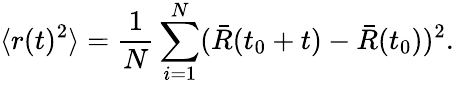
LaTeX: \langle r(t)^{2}\rangle=\frac{1}{N}\sum_{i=1}^{N}(\bar{R}(t_{0}+t)-\bar{R}(t_{0}))^{2}.